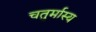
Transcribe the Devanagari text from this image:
चतुर्मास्य